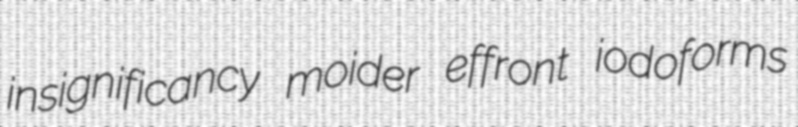
insignificancy moider effront iodoforms